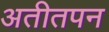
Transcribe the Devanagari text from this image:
अतीतपन